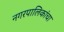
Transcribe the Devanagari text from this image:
नगरपालिकांचा